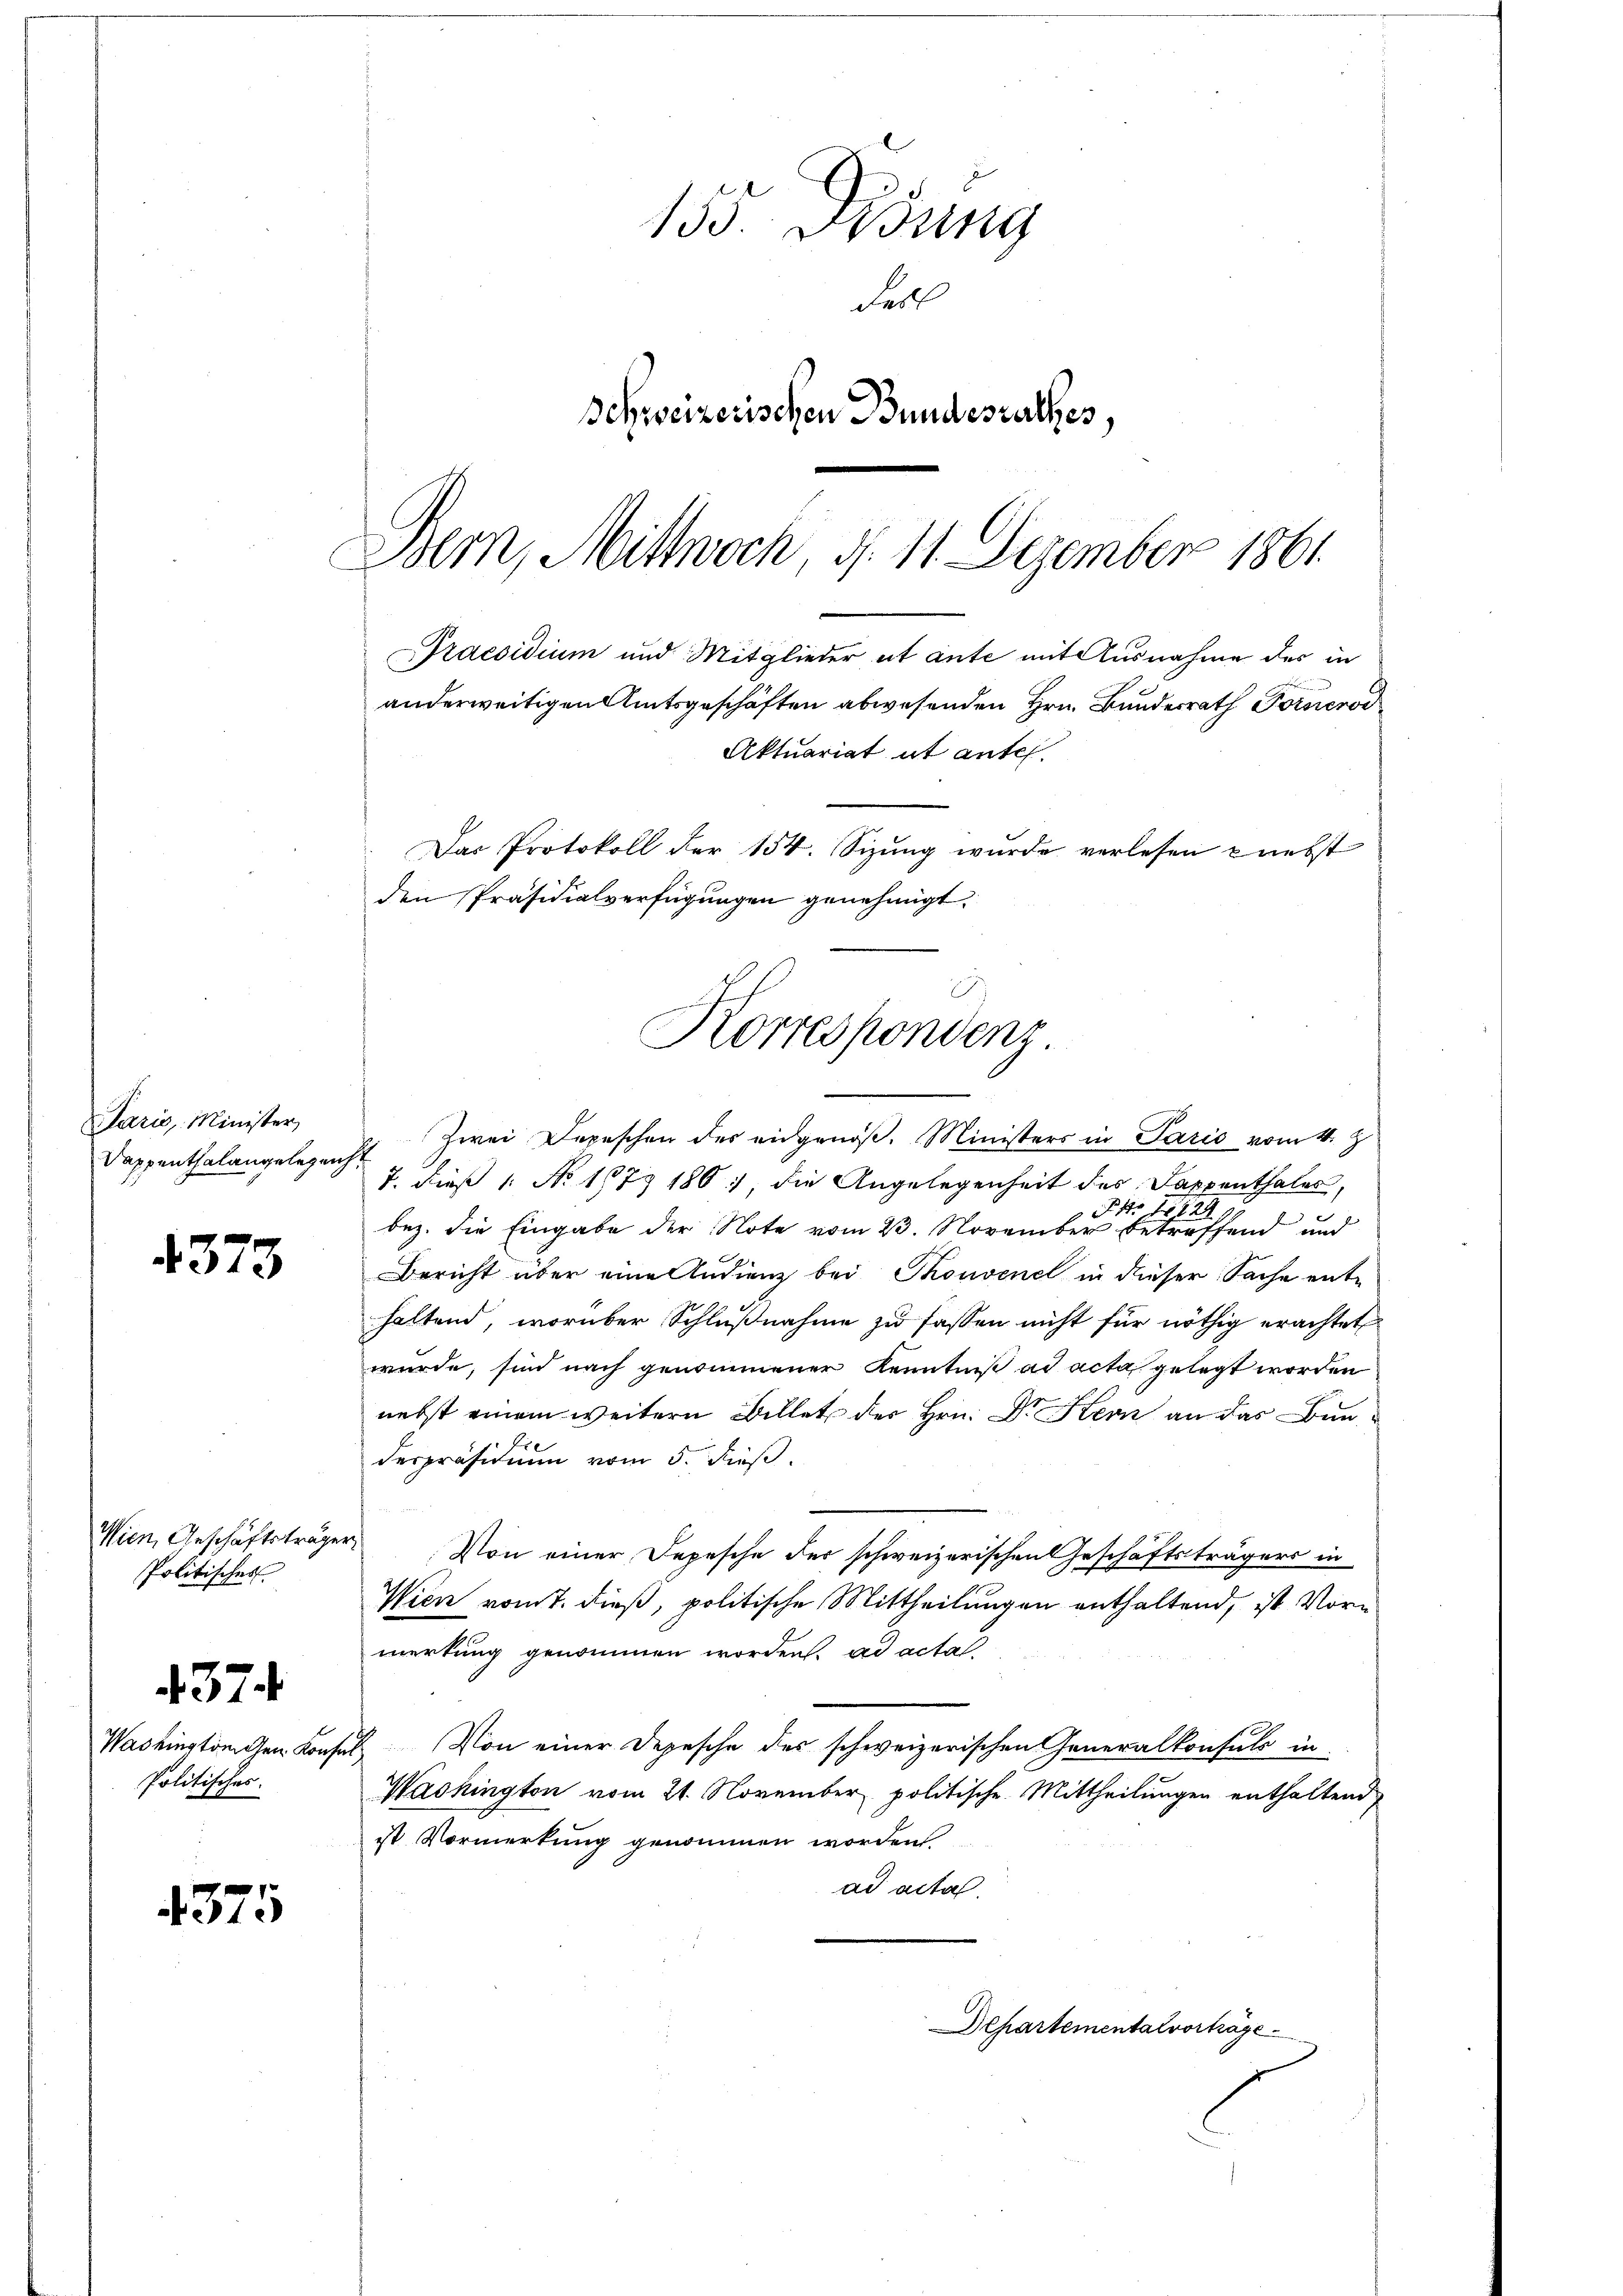
Paris, Minister,
Dappenthalangelegenh

4373

Wien, Geschäftsträger,
Politisches

Politisches.

437.

4375

155. Didung
Fell
Schweizerischen Bundesrathes,
Bern, Mittwoch, d. 11. Dezember 1861

Praesidium und Mitglieder et ante mit Ausnahme des in
anderweitigen Amtsgeschäften abwesenden Hrn. Bundesrath Fornieror
Aktuariat ut antel.
Das Protokoll der 154. Sizung wurde verlesen nebst
den Präsidialverfügungen genehmigt.

Korrespondenz

Zwei Depeschen des eidgenöß. Ministers in Paris vom 4. J
T. dieß 1 No 1073 180; die Angelegenheit des Sappenthales,
14
1829
bez. die Eingabe der Note vom 23. November betreffend und
Bericht über eine Indienz bei Thonvenel in dieser Sache ent-
haltend, worüber Schlußnahme zu fassen nicht für nöthig erachtet
wurde, sind nach genommener Kenntniß ad acta gelegt worden
nebst einem weitern Billet des Hrn. Dr. Kern an das Bunderpräsidium vom 5. dieß.
Von einer Depesche der schweizerischen Geschäftsträgers in
Wien vom 7. dieß, politische Mittheilungen enthaltend, ist Vormerkung genommen worden. ad acta
Washingtönigen Konsul Von einer Depesche des schweizerischen Generalkonsuls in
Washington vom 21. November politische Mittheilungen enthaltend
ist Vormerkung genommen worden
ad acta.

Departementalvorträge